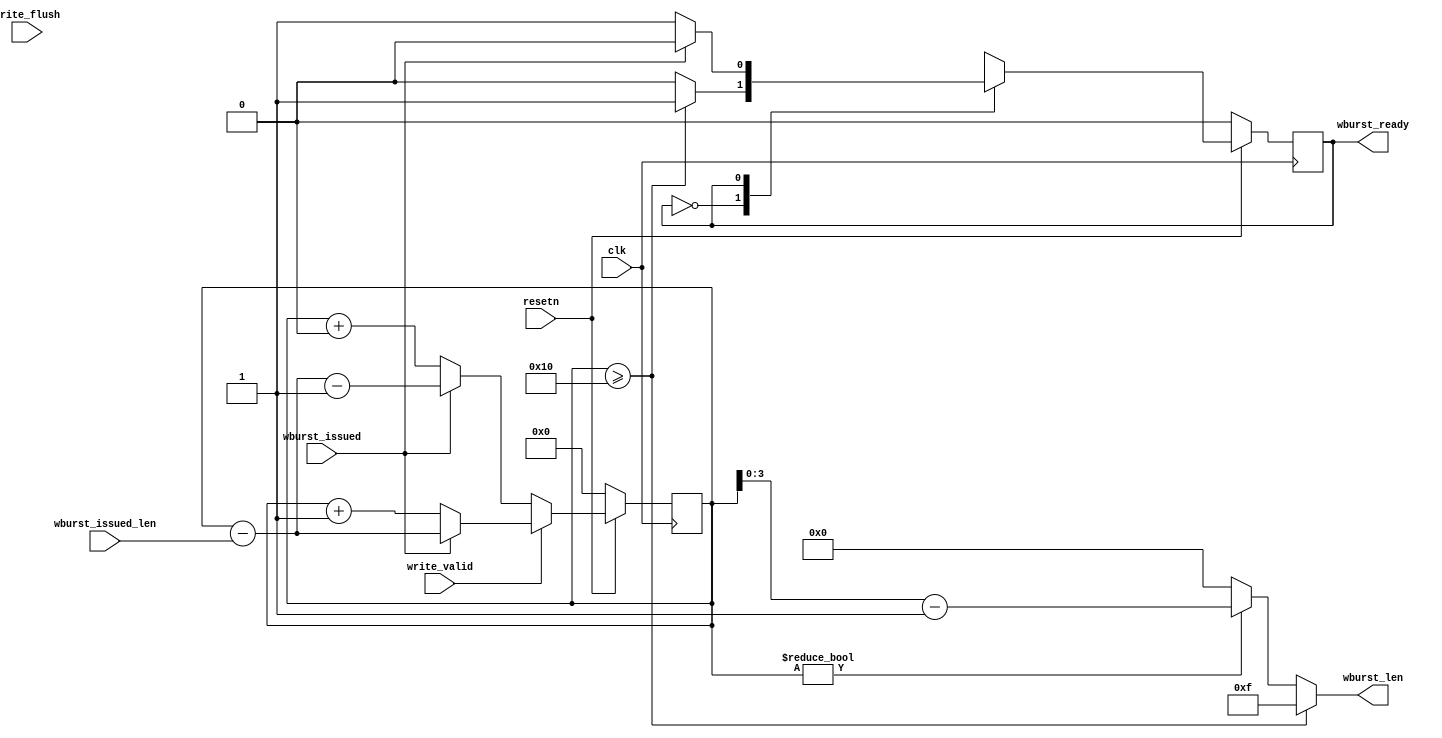
module wburst_counter #(
  parameter integer WBURST_COUNTER_LEN    = 16,
  parameter integer WBURST_LEN            = 4,
  parameter integer MAX_BURST_LEN         = 16
)(
  input  wire                             clk,
  input  wire                             resetn,
  input  wire                             write_valid,
  input  wire                             write_flush,

  output wire [WBURST_LEN-1:0]            wburst_len,
  output wire                             wburst_ready,

  input  wire                             wburst_issued,
  input  wire [WBURST_LEN-1:0]            wburst_issued_len
);


  reg  [WBURST_COUNTER_LEN-1:0] write_count;
  wire burst_ready;

  assign burst_ready = ((write_count >= MAX_BURST_LEN));
  assign wburst_len = write_count >= MAX_BURST_LEN ? MAX_BURST_LEN - 1 :
                      write_count != 0 ? write_count - 1 : 0;

  always @(posedge clk)
  begin
    if (!resetn)
      write_count <= 0;
    else if (write_valid)
    begin
      if (wburst_issued)
        write_count <= write_count - wburst_issued_len;
      else
        write_count <= write_count + 1;
    end else begin
      if (wburst_issued)
        write_count <= write_count - wburst_issued_len - 1;
      else
        write_count <= write_count + 0;
    end
  end

/* FSM for write counter */

reg state;
reg next_state;

localparam integer IDLE=0, READY=1;

always @(*)
begin
  next_state = state;
  case(state)
    IDLE: begin
      if (burst_ready)
        next_state = READY;
    end
    READY: begin
      if (wburst_issued)
        next_state = IDLE;
    end
  endcase
end

always @(posedge clk)
  if (resetn)
    state <= next_state;
  else
    state <= 1'b0;

assign wburst_ready = (state == READY);

endmodule